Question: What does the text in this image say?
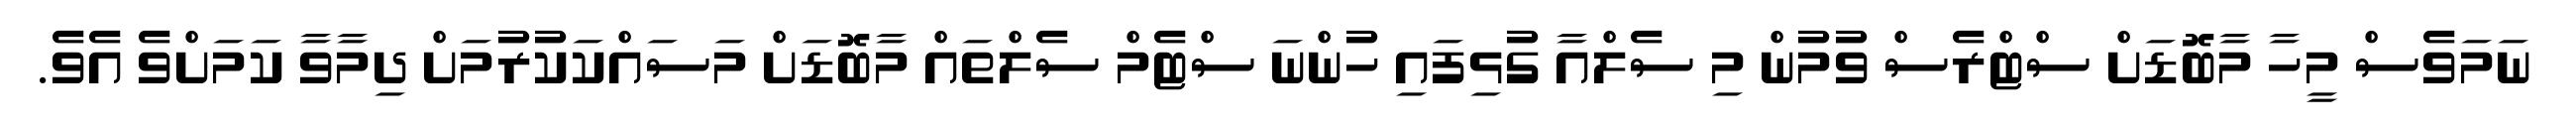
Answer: ނަމަވެސް މީހާ މާބޮޑަށް ސްޓްރެސް ވުމުން މި ސެލްއާ ގުޅިފައި ހުންނަ ސްޓެމް ސެލްތައް މާބޮޑަށް މަސައްކަކުރުމަށް ދިމާވާ ކަމަށްވެ އެވެ.